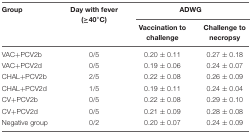
<table><thead><tr><td><b>Group</b></td><td><b>Day with fever (≥40°C)</b></td><td colspan="2"><b>ADWG</b></td></tr><tr><td></td><td></td><td><b>Vaccination to challenge</b></td><td><b>Challenge to necropsy</b></td></tr></thead><tbody><tr><td>VAC+PCV2b</td><td>0/5</td><td>0.20 ± 0.11</td><td>0.27 ± 0.18</td></tr><tr><td>VAC+PCV2d</td><td>0/5</td><td>0.19 ± 0.06</td><td>0.24 ± 0.07</td></tr><tr><td>CHAL+PCV2b</td><td>2/5</td><td>0.22 ± 0.08</td><td>0.26 ± 0.09</td></tr><tr><td>CHAL+PCV2d</td><td>1/5</td><td>0.19 ± 0.11</td><td>0.24 ± 0.04</td></tr><tr><td>CV+PCV2b</td><td>0/5</td><td>0.22 ± 0.08</td><td>0.29 ± 0.10</td></tr><tr><td>CV+PCV2d</td><td>0/5</td><td>0.21 ± 0.09</td><td>0.28 ± 0.08</td></tr><tr><td>Negative group</td><td>0/2</td><td>0.20 ± 0.07</td><td>0.24 ± 0.09</td></tr></tbody></table>